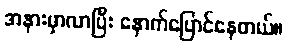
အနားမှာလာပြီး နောက်ပြောင်နေတယ်။